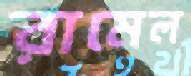
রামেল